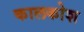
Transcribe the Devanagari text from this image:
कालकोश